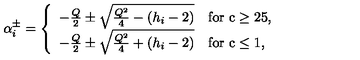
\alpha _ { i } ^ { \pm } = \left\{ \begin{array} { l l } { - { \frac { Q } { 2 } } \pm { \sqrt { { \frac { Q ^ { 2 } } { 4 } } - ( h _ { i } - 2 ) } } } & { \mathrm { f o r \ c \ge 2 5 , } } \\ { - { \frac { Q } { 2 } } \pm { \sqrt { { \frac { Q ^ { 2 } } { 4 } } + ( h _ { i } - 2 ) } } } & { \mathrm { f o r \ c \le 1 , } } \\ \end{array} \right.